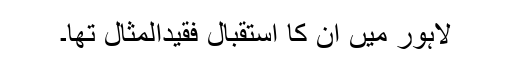
لاہور میں اِن کا استقبال فقیدالمثال تھا۔